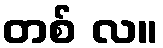
တစ် လ။